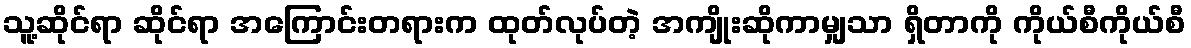
သူ့ဆိုင်ရာ ဆိုင်ရာ အကြောင်းတရားက ထုတ်လုပ်တဲ့ အကျိုးဆိုကာမျှသာ ရှိတာကို ကိုယ်စီကိုယ်စီ